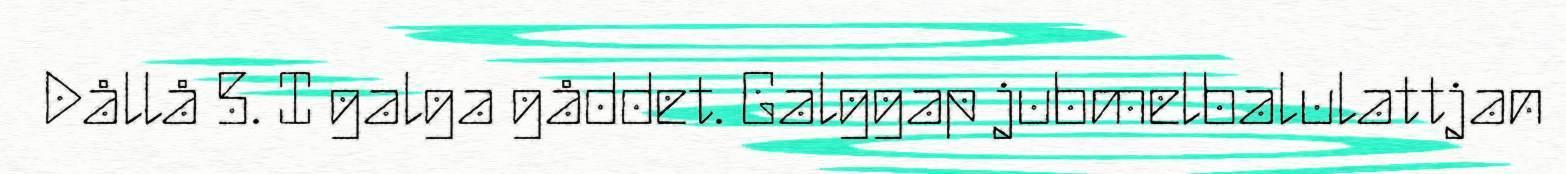
Dållå 5. I galga gåddet. Galggap jubmelbalulattjan